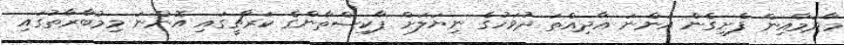
މާދަމާއިން ފެށިގެން އަންނަ އާދިއްތަ ދުވަހުގެ ނިޔަލަށް ޕާކިސްތާންގެ ކަރާޗީގައި އޮންނަ މިމުބާރާތުގައި